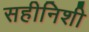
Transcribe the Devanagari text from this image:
सहीनिशी